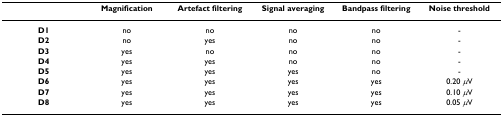
<table><thead><tr><td></td><td><b>Magnification</b></td><td><b>Artefact filtering</b></td><td><b>Signal averaging</b></td><td><b>Bandpass filtering</b></td><td><b>Noise threshold</b></td></tr></thead><tbody><tr><td><b>D1</b></td><td>no</td><td>no</td><td>no</td><td>no</td><td>-</td></tr><tr><td><b>D2</b></td><td>no</td><td>yes</td><td>no</td><td>no</td><td>-</td></tr><tr><td><b>D3</b></td><td>yes</td><td>no</td><td>no</td><td>no</td><td>-</td></tr><tr><td><b>D4</b></td><td>yes</td><td>yes</td><td>no</td><td>no</td><td>-</td></tr><tr><td><b>D5</b></td><td>yes</td><td>yes</td><td>yes</td><td>no</td><td>-</td></tr><tr><td><b>D6</b></td><td>yes</td><td>yes</td><td>yes</td><td>yes</td><td>0.20 <i>μ</i>V</td></tr><tr><td><b>D7</b></td><td>yes</td><td>yes</td><td>yes</td><td>yes</td><td>0.10 <i>μ</i>V</td></tr><tr><td><b>D8</b></td><td>yes</td><td>yes</td><td>yes</td><td>yes</td><td>0.05 <i>μ</i>V</td></tr></tbody></table>